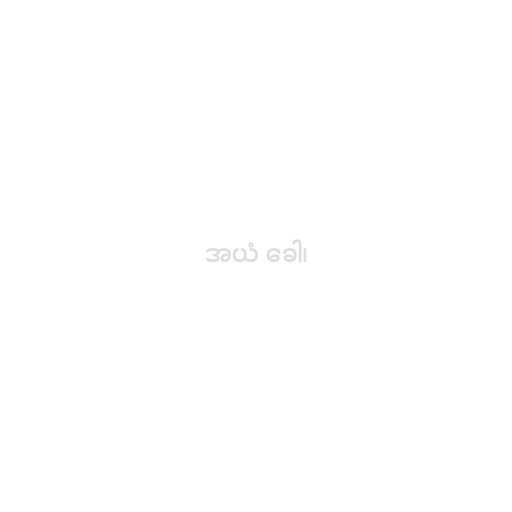
အယံ ခေါ၊